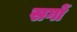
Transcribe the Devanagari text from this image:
सगों